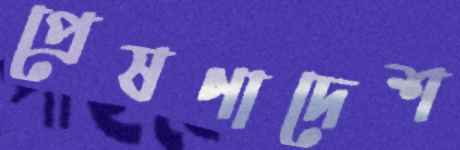
প্রেষণাদেশ